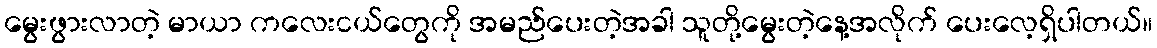
မွေးဖွားလာတဲ့ မာယာ ကလေးငယ်တွေကို အမည်ပေးတဲ့အခါ သူတို့မွေးတဲ့နေ့အလိုက် ပေးလေ့ရှိပါတယ်။